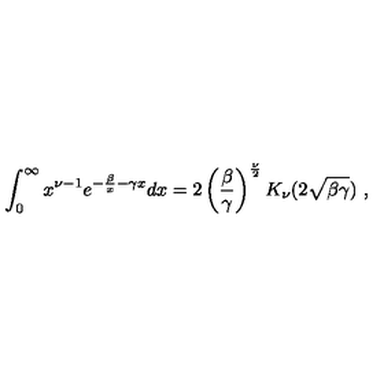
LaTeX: \int _ { 0 } ^ { \infty } x ^ { \nu - 1 } e ^ { - { \frac { \beta } { x } } - \gamma x } d x = 2 \left( { \frac { \beta } { \gamma } } \right) ^ { { \frac { \nu } { 2 } } } K _ { \nu } ( 2 \sqrt { \beta \gamma } ) \ ,